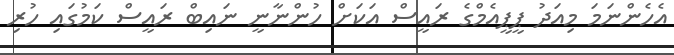
އެހެންނަމަ މިއަދު ޕީޕީއެމްގެ ރައީސް އަކަށް ހުންނާނީ ނައިބް ރައީސް ކަމުގައި ހުރި